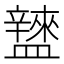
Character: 𥃌